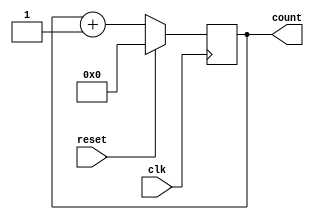
module binary_counter (
    input wire clk,         // clock input
    input wire reset,       // reset signal
    output reg [3:0] count  // 4-bit count value output
);

reg [3:0] next_count;      // next count value

always @ (posedge clk) begin
    if (reset) begin
        next_count <= 4'b0000; // reset count value to 0
    end else begin
        next_count <= count + 1; // increment count value by 1
    end
end

always @ (*) begin
    count <= next_count; // update count value
end

endmodule